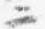
ニ